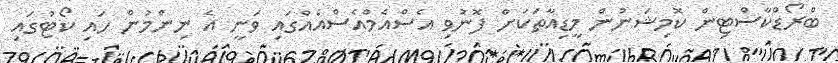
ބްރޯޑްކާސްޓިން ކޮމިޝަނުން މީޑިއާތަކަށް ފޮނުވި އެސްއެމްއެސްއެއްގައި ވަނީ އެ ނިންމުން ހައި ކޯޓުގައި